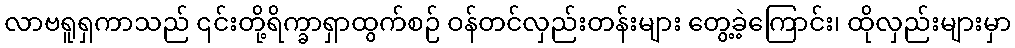
လာဗရူရှကာသည် ၎င်းတို့ရိက္ခာရှာထွက်စဉ် ဝန်တင်လှည်းတန်းများ တွေ့ခဲ့ကြောင်း၊ ထိုလှည်းများမှာ